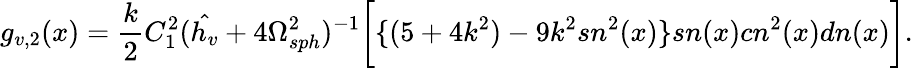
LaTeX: g_{v,2}(x)=\frac{k}{2}C_{1}^{2}({\hat{h_{v}}}+4\Omega_{sph}^{2})^{-1}\bigg[\{ (5+4k^{2})-9k^{2}sn^{2}(x)\} sn(x)cn^{2}(x)dn(x)\bigg].